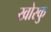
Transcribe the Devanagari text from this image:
खोरकु